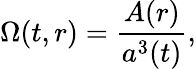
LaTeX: \Omega(t,r)=\frac{A(r)}{a^{3}(t)},